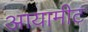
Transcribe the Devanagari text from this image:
आयामीट